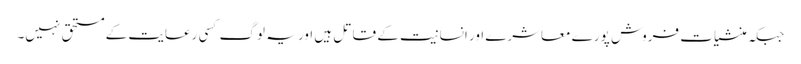
جبکہ منشیات فروش پورے معاشرے اور انسانیت کے قاتل ہیں اور یہ لوگ کسی رعایت کے مستحق نہیں۔